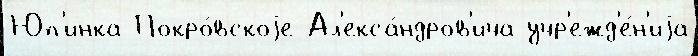
Юп'инка Покро́вскоjе Ал'екса́ндров'ича учр'ежд'е́н'иjа